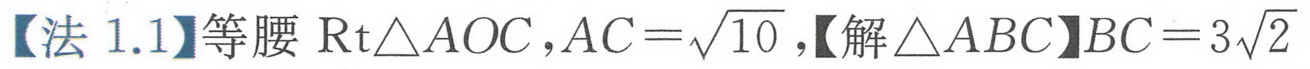
【法 1.1】等腰$\text{Rt}\triangle AOC,AC = \sqrt{10}$,【解$\triangle ABC$】$BC = 3\sqrt{2}$